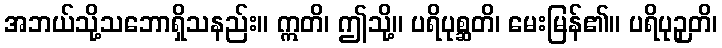
အဘယ်သို့သဘောရှိသနည်း။ ဣတိ၊ ဤသို့။ ပရိပုစ္ဆတိ၊ မေးမြန်၏။ ပရိပုဉှတိ၊